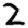
Digit: 2